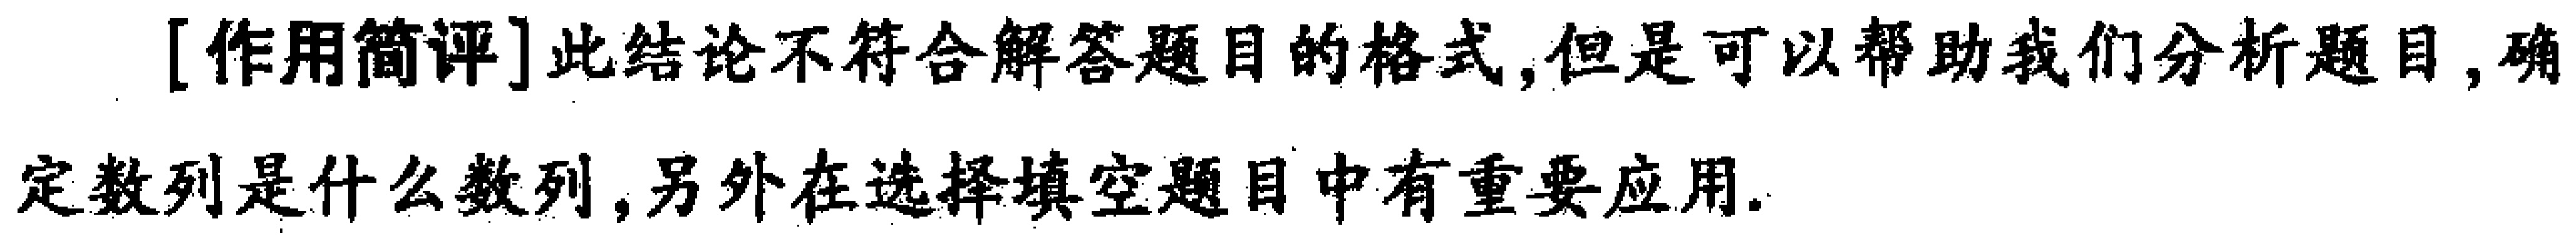
[作用简评]此结论不符合解答题目的格式,但是可以帮助我们分析题目,确定数列是什么数列,另外在选择填空题目中有重要应用.